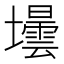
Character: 壜